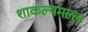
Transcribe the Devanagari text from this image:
शाकल्यमल्ल